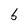
Character: b